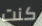
كنت